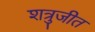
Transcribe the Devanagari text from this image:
शत्रुजीत